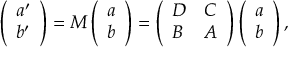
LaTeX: \left( \begin{array} { l } { { a ^ { \prime } } } \\ { { b ^ { \prime } } } \end{array} \right) = M \left( \begin{array} { l } { { a } } \\ { { b } } \end{array} \right) = \left( \begin{array} { l l } { { D } } & { { C } } \\ { { B } } & { { A } } \end{array} \right) \left( \begin{array} { l } { { a } } \\ { { b } } \end{array} \right) ,